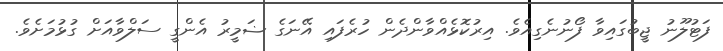
ފަޓުލޫނު ޖީބުގައިވާ ފޯނުނެގިއެވެ. އިރުކޮޅެއްވާންދެން ހުރެފައި އޭނަގެ ޟަމީރު އެންގީ ސަލްވާއަށް ގުޅުމަށެވެ.